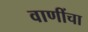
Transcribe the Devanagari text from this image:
वाणींचा